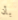
بأن